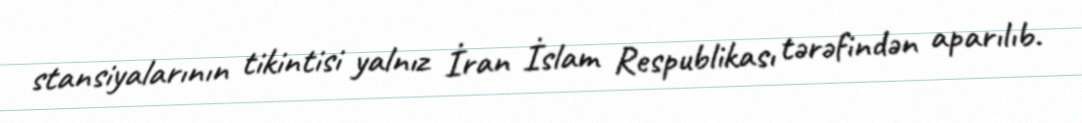
stansiyalarının tikintisi yalnız İran İslam Respublikası tərəfindən aparılıb.